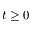
t \geq 0